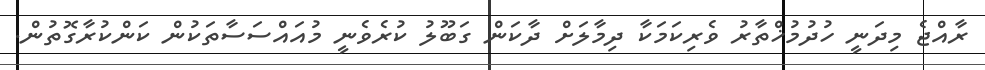
ރާއްޖެ މިދަނީ ހުދުމުޚްތާރު ވެރިކަމަކާ ދިމާލަށް ދާކަން ގަބޫލު ކުރެވެނީ މުއައްސަސާތަކުން ކަންކުރާގޮތުން.